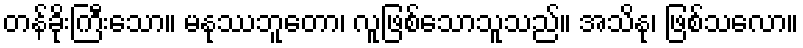
တန်ခိုးကြီးသော။ မနုဿဘူတော၊ လူဖြစ်သောသူသည်။ အသိနု၊ ဖြစ်သလော။